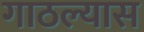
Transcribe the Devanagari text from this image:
गाठल्यास